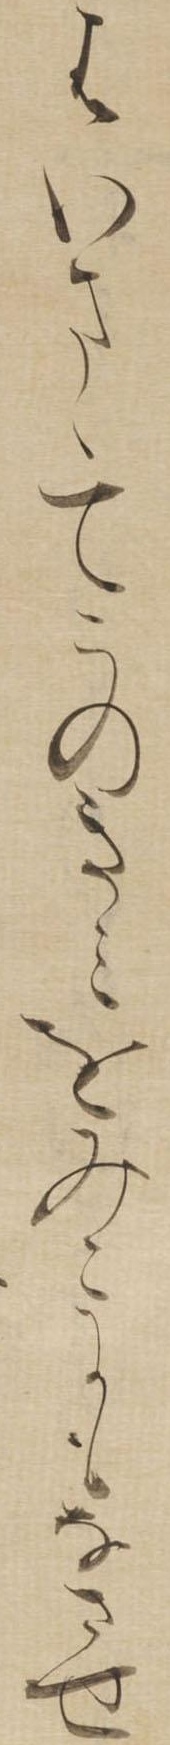
はいまゝてこのきみをみこにもなさせ